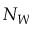
N _ { W }